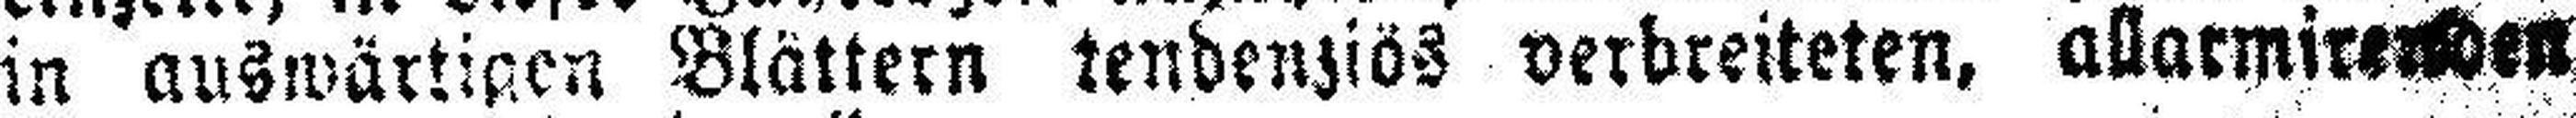
in auswärtigen Blättern tendenziös verbreiteten, allarmire###den